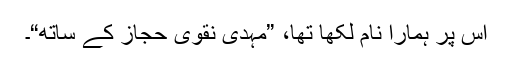
اس پر ہمارا نام لکھا تھا، ”مہدی نقوی حجازؔ کے ساتھ“۔